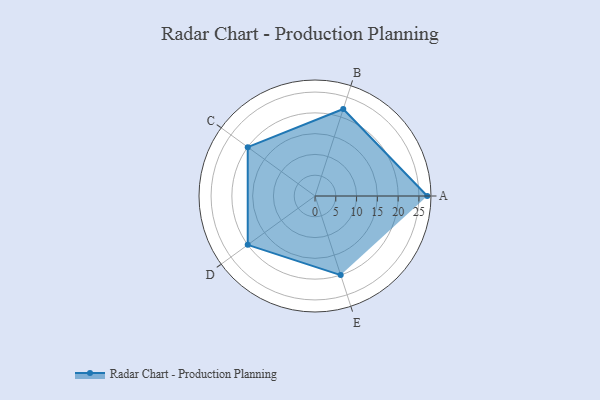
{"axis": {"x": "Skill", "y": "Score"}, "legend": ["Profile"], "data": [{"x": "A", "y": 27.0, "type": "Profile"}, {"x": "B", "y": 22.0, "type": "Profile"}, {"x": "C", "y": 20, "type": "Profile"}, {"x": "D", "y": 20, "type": "Profile"}, {"x": "E", "y": 20, "type": "Profile"}]}